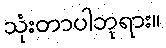
သုံးတာပါဘုရား။